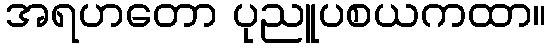
အရဟတော ပုညူပစယကထာ။